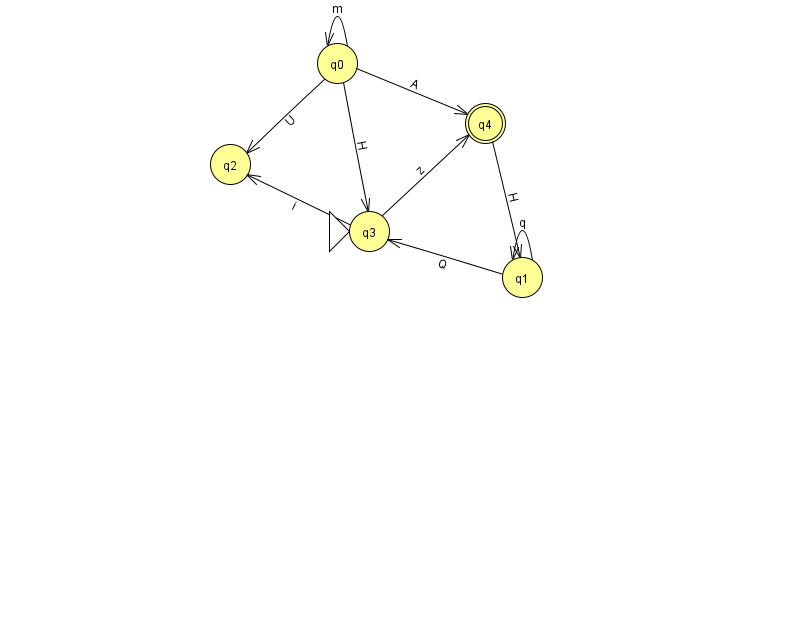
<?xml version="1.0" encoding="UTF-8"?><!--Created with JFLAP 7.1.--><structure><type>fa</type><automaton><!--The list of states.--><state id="0" name="q0"><x>337.0</x><y>50.0</y></state><state id="1" name="q1"><x>522.0</x><y>264.0</y></state><state id="2" name="q2"><x>230.0</x><y>151.0</y></state><state id="3" name="q3"><x>369.0</x><y>218.0</y><initial/></state><state id="4" name="q4"><x>485.0</x><y>110.0</y><final/></state><!--The list of transitions.--><transition><from>0</from><to>4</to><read>A</read></transition><transition><from>1</from><to>1</to><read>q</read></transition><transition><from>3</from><to>2</to><read>i</read></transition><transition><from>3</from><to>4</to><read>z</read></transition><transition><from>0</from><to>3</to><read>H</read></transition><transition><from>0</from><to>2</to><read>U</read></transition><transition><from>4</from><to>1</to><read>H</read></transition><transition><from>1</from><to>3</to><read>Q</read></transition><transition><from>0</from><to>0</to><read>m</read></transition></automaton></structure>